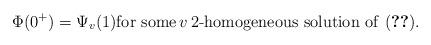
LaTeX: \begin{align*} \Phi(0^+)=\Psi_v(1) \textrm{for some}\, v\, 2\textrm{-homogeneous solution of \eqref{laplaciano v=1}}. \end{align*}